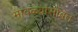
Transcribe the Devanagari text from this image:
मावळ्यांसोबत